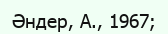
Әндер, А., 1967;